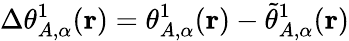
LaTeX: \Delta\theta_{A,\alpha}^{1}(\mathbf{r})=\theta_{A,\alpha}^{1}(\mathbf{r})-\tilde{\theta}_{A,\alpha}^{1}(\mathbf{r})